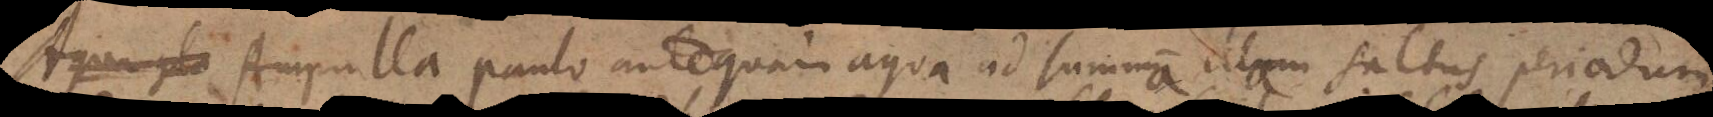
Aqua gla Ampulla paulo antequam aqua ad summam illam saltus periodum